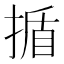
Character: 揗